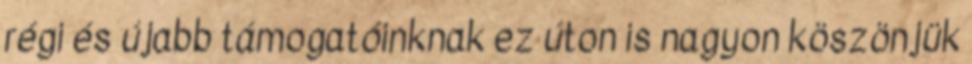
régi és újabb támogatóinknak ez úton is nagyon köszönjük